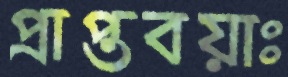
প্রাপ্তবয়াঃ